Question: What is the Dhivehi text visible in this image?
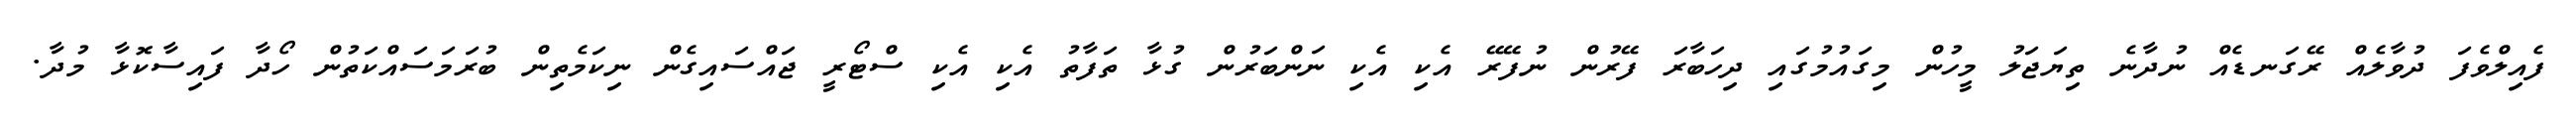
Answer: ފެއިލްވެފަ ދުވާލެއް ރޭގަނޑެއް ނުދާނެ ތިޔަޖަލު މީހުން މިގައުމުގައި ދިހަބާރަ ފޭރުން ނުފޭރޭ އެކި އެކި ނަންބަރުން ގުޅާ ތަފާތު އެކި އެކި ސްޓޯރީ ޖައްސައިގެން ނިކަމެތިން ބުރަމަސައްކަތުން ހޯދާ ފައިސާކޮޅާ މުދާ.